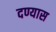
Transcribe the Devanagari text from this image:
दण्यास